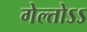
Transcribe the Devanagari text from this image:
गेल्तोऽऽ